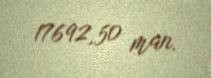
17692,50 man.